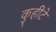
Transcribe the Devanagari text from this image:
कुहीटे